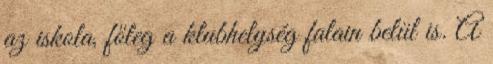
az iskola, főleg a klubhelység falain belül is. A